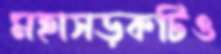
মহাসড়কটিও